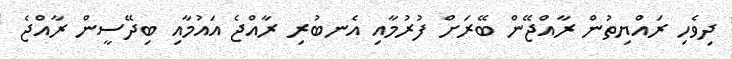
ދިވެހި ރައްޔިތުން ރާއްޖޭން ބޭރަށް ފުރުމާއި އެނބުރި ރާއްޖެ އައުމާއި ބިދޭސީން ރާއްޖެ